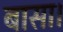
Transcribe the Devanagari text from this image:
बासा।